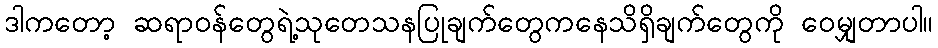
ဒါကတော့ ဆရာဝန်တွေရဲ့သုတေသနပြုချက်တွေကနေသိရှိချက်တွေကို ဝေမျှတာပါ။